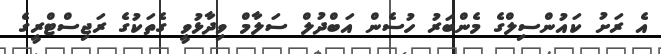
އެ ރަށު ކައުންސިލްގެ މެންބަރު ހުސެން އަބްދުލް ސަލާމް ވިދާޅުވީ ގެތަކުގެ ރަޖިސްޓްރީގެ